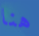
هنا